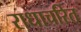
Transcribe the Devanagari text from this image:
राधाचरित